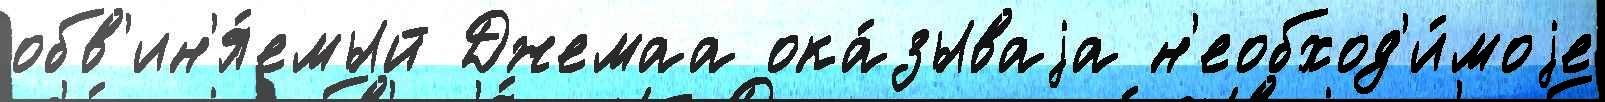
обв'ин'я́емый Джемаа ока́зываjа н'еобход'и́моjе